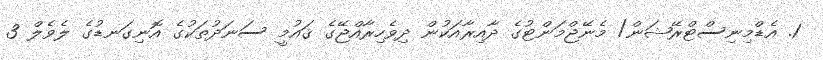
1. އެޑްމިނިސްޓްރޭޝަން/ މެނޭޖްމަންޓުގެ ދާއިރާއަކުން ދިވެހިރާއްޖޭގެ ޤައުމީ ސަނަދުތަކުގެ އޮނިގަނޑުގެ ލެވެލް 3